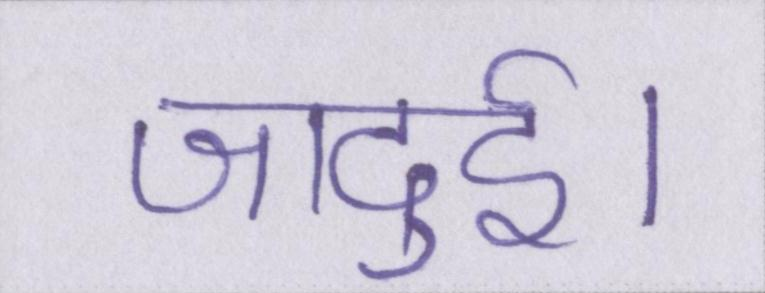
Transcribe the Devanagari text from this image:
जादुई।